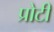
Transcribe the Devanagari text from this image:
प्रोटी